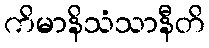
ကိမာနိသံသာနီတိ